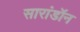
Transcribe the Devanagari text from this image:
सारांडॉन